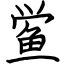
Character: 鲎